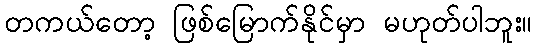
တကယ်တော့ ဖြစ်မြောက်နိုင်မှာ မဟုတ်ပါဘူး။